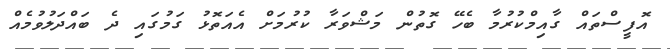
އޮފީސްތައް ގާއިމްކުރުމާ ބެހޭ ގޮތުން މަޝްވަރާ ކުރުމަށް އެއަތޮޅު ގަމުގައި ދެ ބައްދަލުވުމެއް